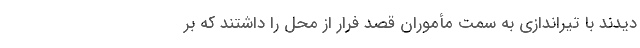
دیدند با تیراندازی به سمت مأموران قصد فرار از محل را داشتند که بر